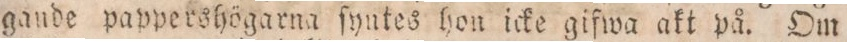
gande pappershögarna ſyntes hon icke gifwa akt på. Om